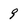
Character: 9